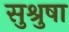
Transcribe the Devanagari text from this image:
सुश्रुषा